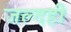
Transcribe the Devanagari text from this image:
जल्‍दही